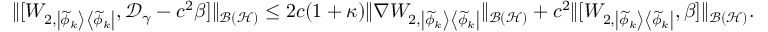
\begin{array} { r } { \| [ W _ { 2 , \left| \widetilde { \phi } _ { k } \right> \left< \widetilde { \phi } _ { k } \right| } , \mathcal D _ { \gamma } - c ^ { 2 } \beta ] \| _ { \mathcal { B } ( \mathcal { H } ) } \leq 2 c ( 1 + \kappa ) \| \nabla W _ { 2 , \left| \widetilde { \phi } _ { k } \right> \left< \widetilde { \phi } _ { k } \right| } \| _ { \mathcal { B } ( \mathcal { H } ) } + c ^ { 2 } \| [ W _ { 2 , \left| \widetilde { \phi } _ { k } \right> \left< \widetilde { \phi } _ { k } \right| } , \beta ] \| _ { \mathcal { B } ( \mathcal { H } ) } . } \end{array}